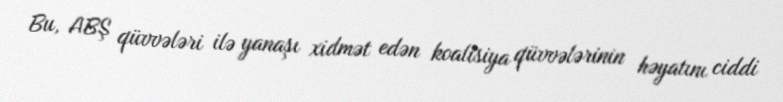
Bu, ABŞ qüvvələri ilə yanaşı xidmət edən koalisiya qüvvələrinin həyatını ciddi